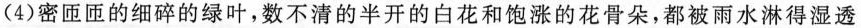
(4)密匝匝的细碎的绿叶，数不清的半开的白花和饱涨的花骨朵，都被雨水淋得湿透